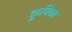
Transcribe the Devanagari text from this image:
कुबिका